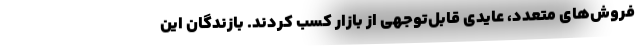
فروش‌های متعدد، عایدی قابل‌توجهی از بازار کسب کردند. بازندگان این